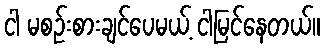
ငါ မစဉ်းစားချင်ပေမယ့် ငါမြင်နေတယ်။